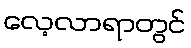
လေ့လာရာတွင်